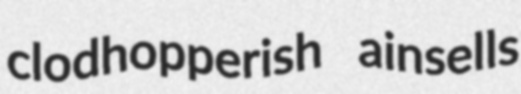
clodhopperish ainsells